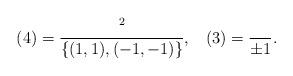
LaTeX: \begin{align*} (4)=\frac{^{2}}{\left\{(1,1),(-1,-1)\right\}},\;\;\;(3)=\frac{}{\pm 1}.\end{align*}